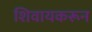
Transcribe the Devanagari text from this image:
शिवायकरून